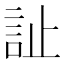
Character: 訨